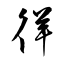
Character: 徉